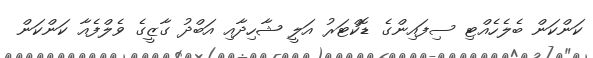
ކަންކަން ބެލެހެއްޓި ސިފައިންގެ ޑޮކްޓަރު އަލީ ޝާހިދާއި އަބްދު ގާޒީގެ ވެލްފެއާ ކަންކަން